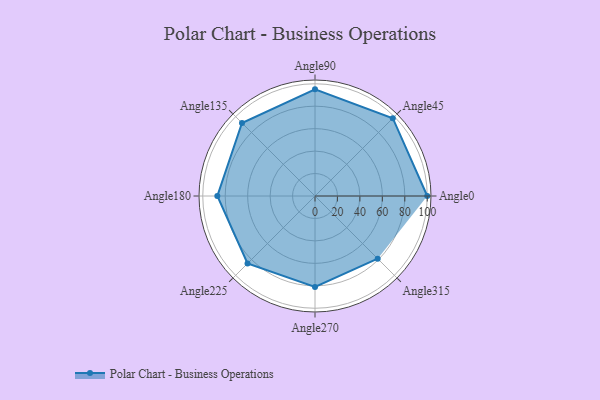
{"axis": {"x": "Angle", "y": "Radius"}, "legend": [""], "data": [{"x": "Angle0", "y": 100.0, "type": ""}, {"x": "Angle45", "y": 98.0, "type": ""}, {"x": "Angle90", "y": 95.0, "type": ""}, {"x": "Angle135", "y": 92.0, "type": ""}, {"x": "Angle180", "y": 87.0, "type": ""}, {"x": "Angle225", "y": 85.0, "type": ""}, {"x": "Angle270", "y": 81.0, "type": ""}, {"x": "Angle315", "y": 79.0, "type": ""}]}